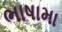
ભાષામા